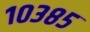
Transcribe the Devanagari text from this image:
१०३८५